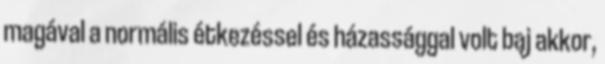
magával a normális étkezéssel és házassággal volt baj akkor,